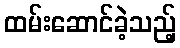
ထမ်းဆောင်ခဲ့သည့်